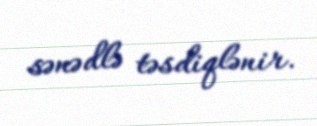
sənədlə təsdiqlənir.